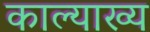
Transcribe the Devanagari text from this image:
काल्याख्य